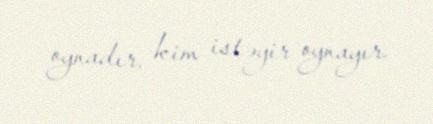
oynadır, kim istəyir oynayır.